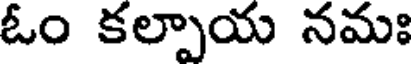
ఓం కల్పాయ నమః